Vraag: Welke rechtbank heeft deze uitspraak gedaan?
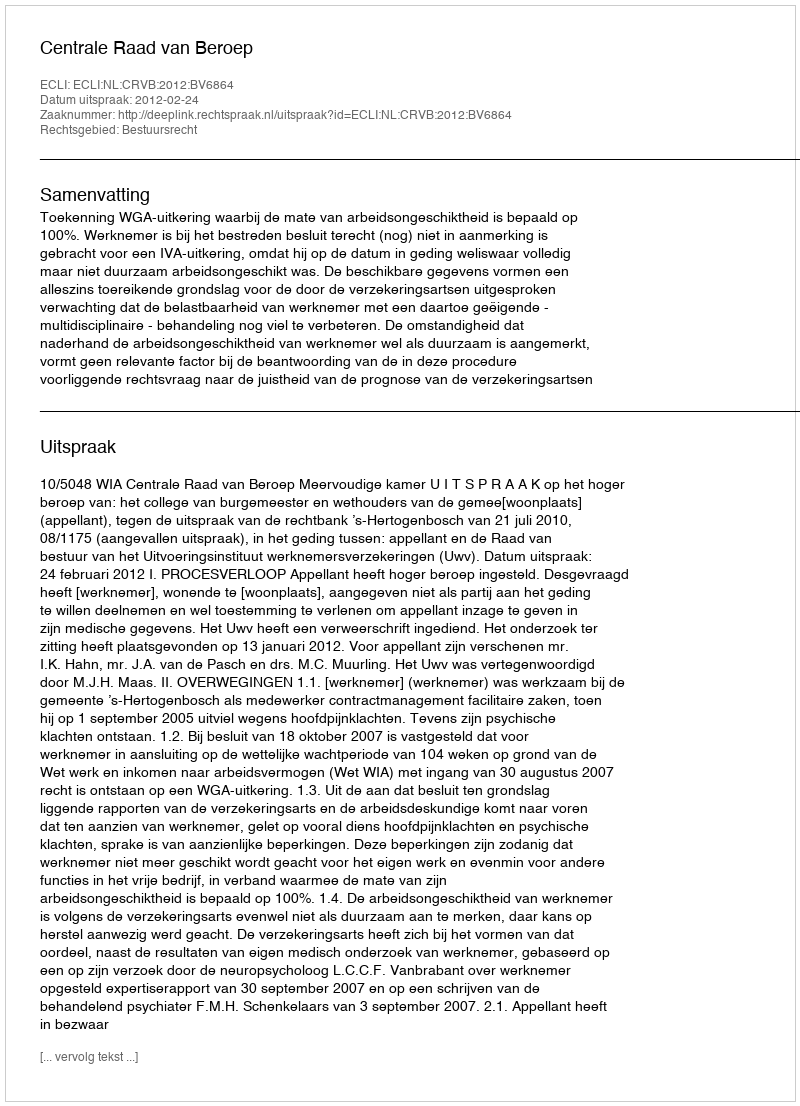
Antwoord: Centrale Raad van Beroep